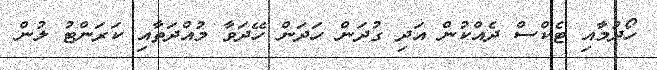
ހޯދުމާއި ޓެކްސް ދެއްކުން އަދި ގުދަން ހަދަން ހޭދަވާ މުއްދަތާއި ކަރަންޓު ލުން